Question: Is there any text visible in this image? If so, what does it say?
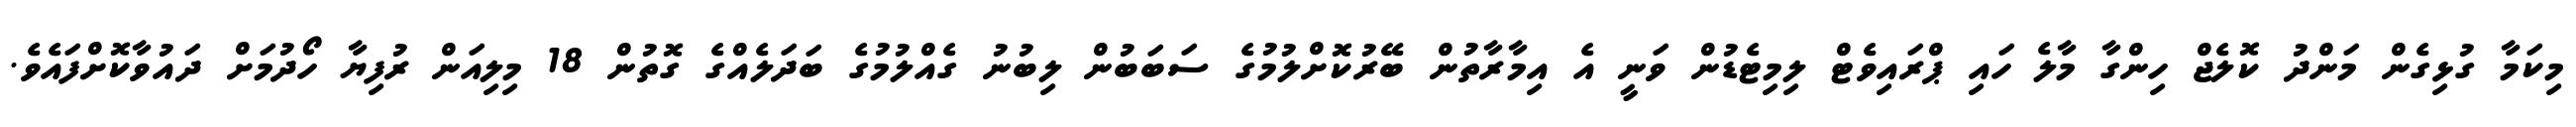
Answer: މިކަމާ ގުޅިގެން މަންދު ކޮލެޖް ހިންގާ މާލެ ހައި ޕްރައިވެޓް ލިމިޓެޑުން ވަނީ އެ އިމާރާތުން ބޭރުކޮށްލުމުގެ ސަބަބުން ލިބުނު ގެއްލުމުގެ ބަދަލެއްގެ ގޮތުން 18 މިލިއަން ރުފިޔާ ހޯދުމަށް ދައުވާކޮށްފައެވެ.